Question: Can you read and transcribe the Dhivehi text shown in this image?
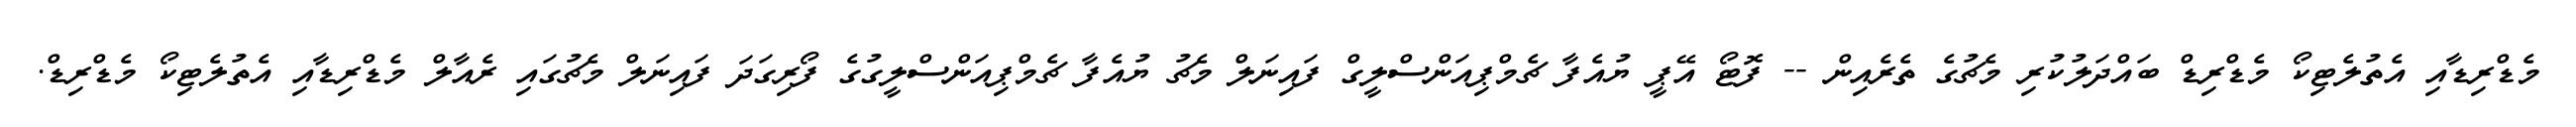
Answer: މެޑްރިޑާއި އެތުލެޓިކޯ މެޑްރިޑް ބައްދަލުކުރި މެޗުގެ ތެރެއިން -- ފޮޓޯ އޭޕީ ޔުއެފާ ޗެމްޕިއަންސްލީގް ފައިނަލް މެޗު ޔުއެފާ ޗެމްޕިއަންސްލީގުގެ ފޯރިގަދަ ފައިނަލް މެޗުގައި ރެއާލް މެޑްރިޑާއި އެތުލެޓިކޯ މެޑްރިޑް.